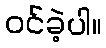
ဝင်ခဲ့ပါ။